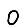
Digit: 0